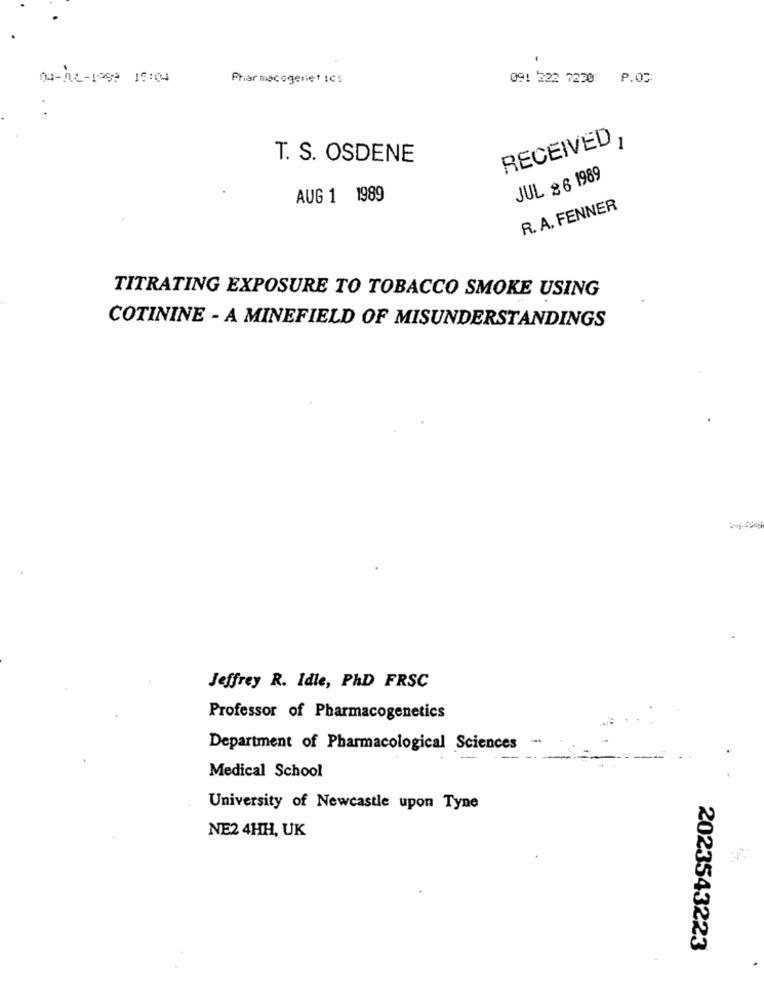
04-12-1969 15:04
091 222 7220 P.05:
RECEIVED 1
T. S. OSDENE
JUL. & 6 1989
AUG 1 1989
R. A. FENNER
TITRATING EXPOSURE TO TOBACCO SMOKE USING
COTININE - A MINEFIELD OF MISUNDERSTANDINGS
Jeffrey R. Idle, PhD FRSC
Professor of Pharmacogenetics
-
Department of Pharmacological Sciences
Medical School
University of Newcastle upon Tyne
NE2 4HH, UK
2023543223